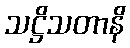
သဋ္ဌိသတာနိ